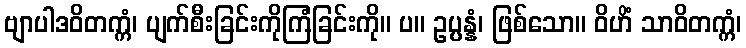
ဗျာပါဒဝိတက္ကံ၊ ပျက်စီးခြင်းကိုကြံခြင်းကို။ ပ။ ဥပ္ပန္နံ၊ ဖြစ်သော။ ဝိဟိံ သာဝိတက္ကံ၊